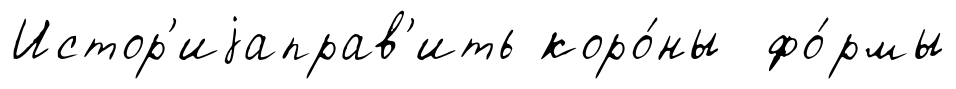
Истор'иjаправ'ить коро́ны фо́рмы